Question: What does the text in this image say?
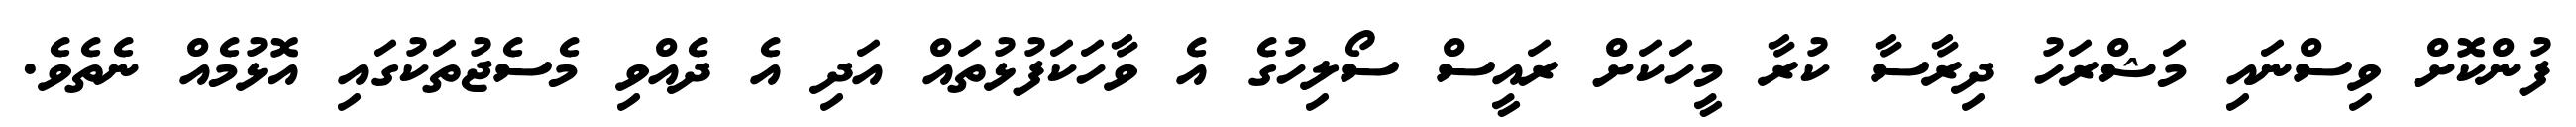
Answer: ފުންކޮށް ވިސްނައި މަޝްރަހު ދިރާސާ ކުރާ މީހަކަށް ރައީސް ސޯލިހުގެ އެ ވާހަކަފުޅުތައް އަދި އެ ދެއްވި މެސެޖުތަކުގައި އޮޅުމެއް ނެތެވެ.